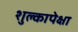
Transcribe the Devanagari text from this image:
शुल्कापेक्षा